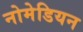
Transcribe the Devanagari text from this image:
नोमेडियन